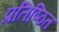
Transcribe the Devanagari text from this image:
प्रतिष्ठित